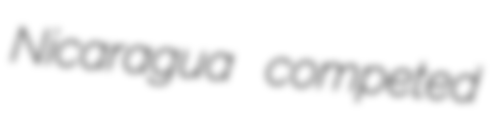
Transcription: Nicaragua competed